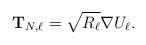
LaTeX: \begin{align*}\mathbf{T}_{N,\ell} = \sqrt{R_{\ell}} \nabla U_{\ell}.\end{align*}